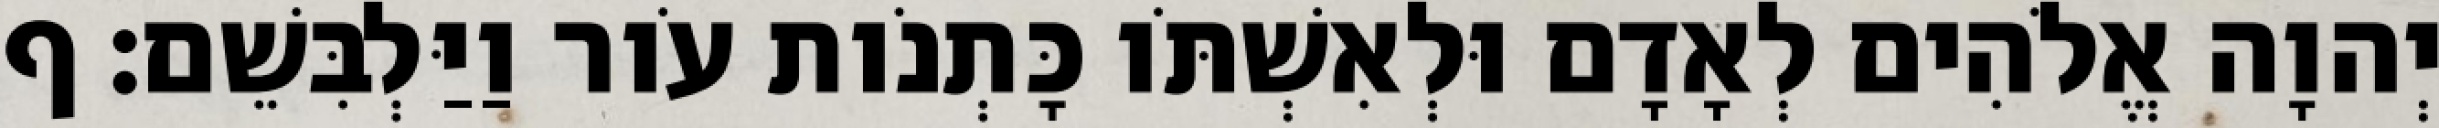
יְהוָה אֱלֹהִים לְאָדָם וּלְאִשְׁתֹּו כָּתְנֹות עֹור וַיַּלְבִּשֵׁם׃ ף